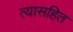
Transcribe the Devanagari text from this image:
त्यासहित